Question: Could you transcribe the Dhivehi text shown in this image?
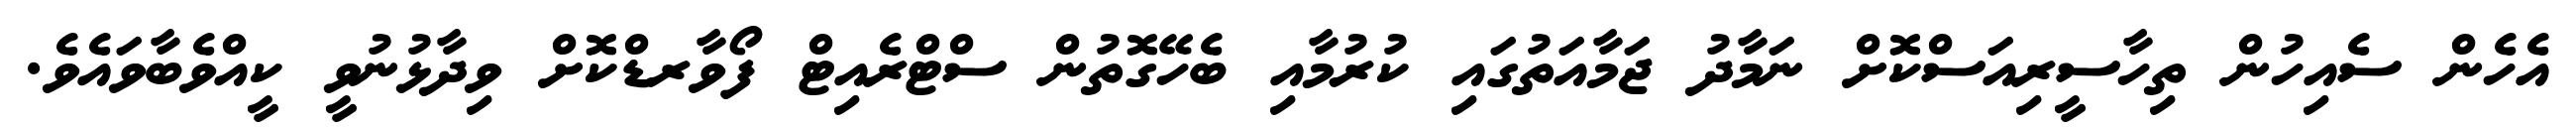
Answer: އެހެން ސެއިހުން ތިހާސީރިއަސްކޮށް ނަމާދު ޖަމާއަތުގައި ކުރުމާއި ބެހޭގޮތުން ސްޓްރެއިޓް ފޯވާރޑްކޮށް ވިދާޅުނުވީ ކީއްވެބާވައެވެ.